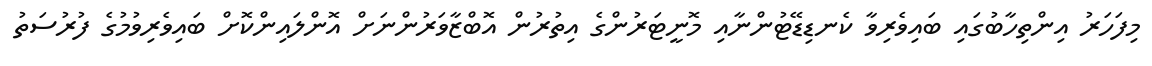
މިފަހަރު އިންތިހާބުގައި ބައިވެރިވާ ކެނޑިޑޭޓުންނާއި މޮނީޓަރުންގެ އިތުރުން އޮބްޒާވަރުންނަށް އޮންލައިންކޮށް ބައިވެރިވުމުގެ ފުރުސަތު